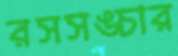
রসসঙ্চার